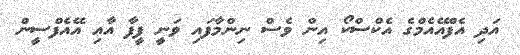
އަދި އެފްއޭއެމްގެ އެކްސްކޯ އިން ވެސް ނިންމާފައި ވަނީ ފީފާ އާއި އޭއެފްސީން